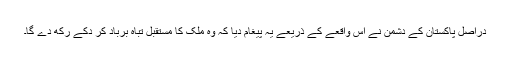
دراصل پاکستان کے دشمن نے اس واقعے کے ذریعے یہ پیغام دیا کہ وہ ملک کا مستقبل تباہ برباد کر دکے رکھ دے گا۔